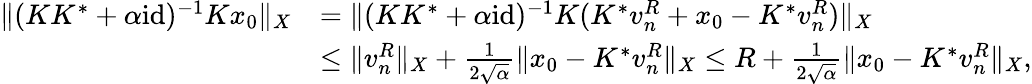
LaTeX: \begin{array}{rl}{\| (KK^{*}+\alpha\mathrm{id})^{-1}Kx_{0}\| _{X}}&{=\| (KK^{*}+\alpha\mathrm{id})^{-1}K(K^{*}v_{n}^{R}+x_{0}-K^{*}v_{n}^{R})\| _{X}}\\ &{\le\| v_{n}^{R}\| _{X}+\frac{1}{2\sqrt{\alpha}}\| x_{0}-K^{*}v_{n}^{R}\| _{X}\le R+\frac{1}{2\sqrt{\alpha}}\| x_{0}-K^{*}v_{n}^{R}\| _{X},}\end{array}